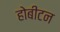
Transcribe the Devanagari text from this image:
होबीटन